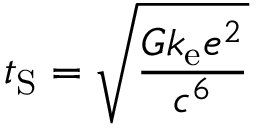
t _ { \mathrm { S } } = { \sqrt { \frac { G k _ { \mathrm { e } } e ^ { 2 } } { c ^ { 6 } } } }